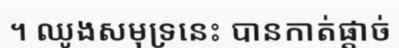
។ ឈូងសមុទ្រនេះ បានកាត់ផ្តាច់